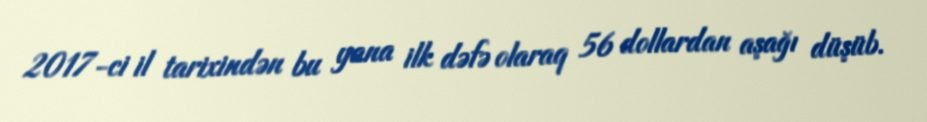
2017-ci il tarixindən bu yana ilk dəfə olaraq 56 dollardan aşağı düşüb.